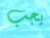
يجب